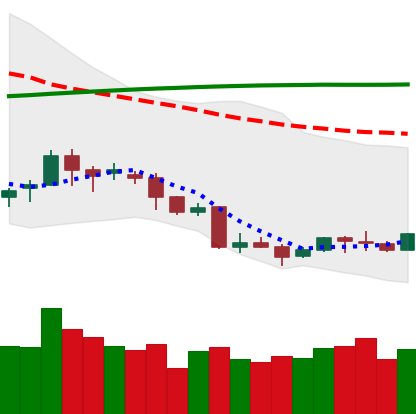
Ticker: LINK-USD
Chart end date: 2018-04-07
Forward return: 27.189%
Label: up_7plus